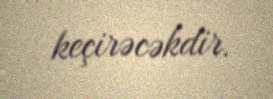
keçirəcəkdir.